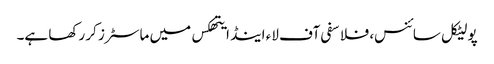
پولیٹکل سائنس، فلاسفی آف لاء اینڈ ایتھکس میں ماسٹرز کر رکھا ہے۔